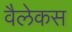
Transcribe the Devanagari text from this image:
वैलेकस